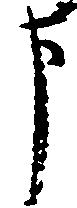
申